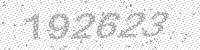
Solution: 192623